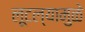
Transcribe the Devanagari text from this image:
लूटल्यामुळे